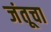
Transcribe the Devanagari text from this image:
जंतूचा